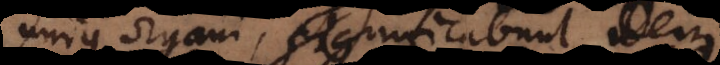
unius organi, significabunt idem.